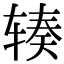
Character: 辏